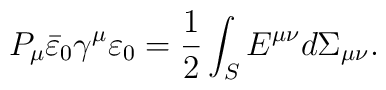
P_{\mu}\bar{\varepsilon}_0\gamma^{\mu}\varepsilon_0={1\over 2}\int_SE^{\mu\nu}d\Sigma_{\mu\nu}.